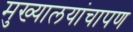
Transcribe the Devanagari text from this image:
मुख्यालयांचापण